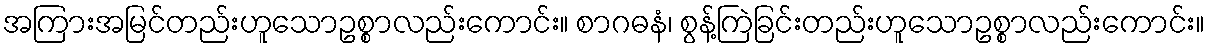
အကြားအမြင်တည်းဟူသောဥစ္စာလည်းကောင်း။ စာဂဓနံ၊ စွန့်ကြဲခြင်းတည်းဟူသောဥစ္စာလည်းကောင်း။